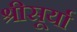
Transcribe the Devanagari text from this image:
श्रीसूर्या